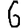
Digit: 6